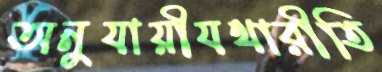
অনুযায়ীযথারীতি